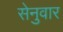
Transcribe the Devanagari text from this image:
सेनुवार